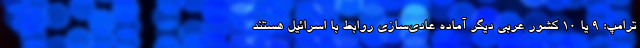
ترامپ: ۹ یا ۱۰ کشور عربی دیگر آماده عادی‌سازی روابط با اسرائیل هستند